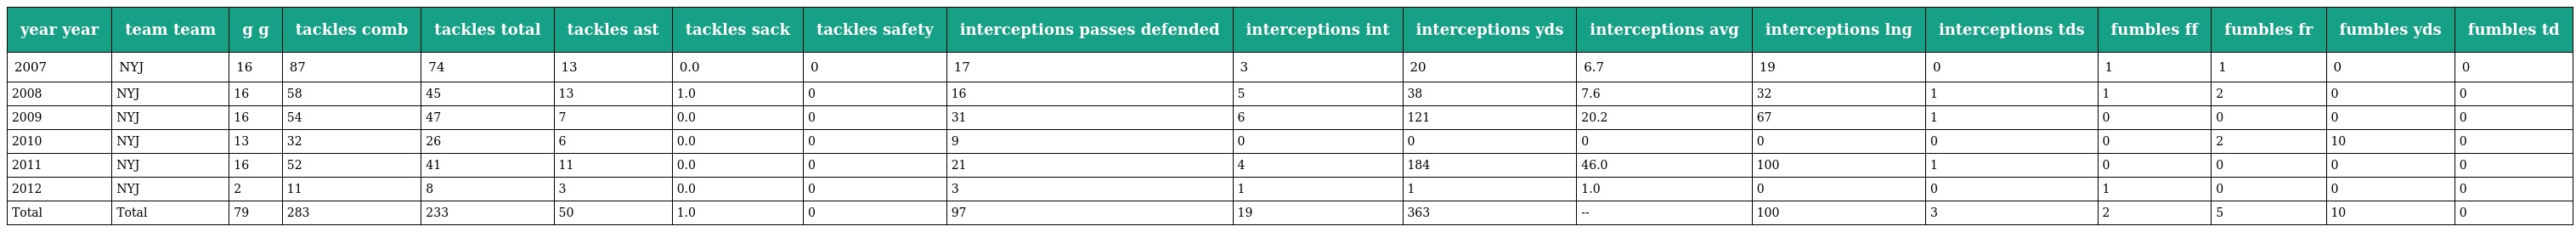
| year year | team team | g g | tackles comb | tackles total | tackles ast | tackles sack | tackles safety | interceptions passes defended | interceptions int | interceptions yds | interceptions avg | interceptions lng | interceptions tds | fumbles ff | fumbles fr | fumbles yds | fumbles td |
 | --- | --- | --- | --- | --- | --- | --- | --- | --- | --- | --- | --- | --- | --- | --- | --- | --- | --- |
 | 2007 | NYJ | 16 | 87 | 74 | 13 | 0.0 | 0 | 17 | 3 | 20 | 6.7 | 19 | 0 | 1 | 1 | 0 | 0 |
 | 2008 | NYJ | 16 | 58 | 45 | 13 | 1.0 | 0 | 16 | 5 | 38 | 7.6 | 32 | 1 | 1 | 2 | 0 | 0 |
 | 2009 | NYJ | 16 | 54 | 47 | 7 | 0.0 | 0 | 31 | 6 | 121 | 20.2 | 67 | 1 | 0 | 0 | 0 | 0 |
 | 2010 | NYJ | 13 | 32 | 26 | 6 | 0.0 | 0 | 9 | 0 | 0 | 0 | 0 | 0 | 0 | 2 | 10 | 0 |
 | 2011 | NYJ | 16 | 52 | 41 | 11 | 0.0 | 0 | 21 | 4 | 184 | 46.0 | 100 | 1 | 0 | 0 | 0 | 0 |
 | 2012 | NYJ | 2 | 11 | 8 | 3 | 0.0 | 0 | 3 | 1 | 1 | 1.0 | 0 | 0 | 1 | 0 | 0 | 0 |
 | Total | Total | 79 | 283 | 233 | 50 | 1.0 | 0 | 97 | 19 | 363 | -- | 100 | 3 | 2 | 5 | 10 | 0 |